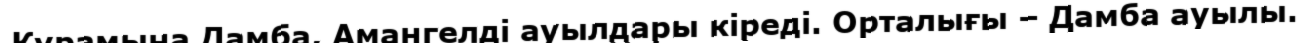
Құрамына Дамба, Амангелді ауылдары кіреді. Орталығы – Дамба ауылы.